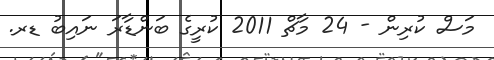
މަސް ކުރިން - 24 މާޗް 2011 ކުރީގެ ބަންޑާރަ ނައިބު ޑރ.